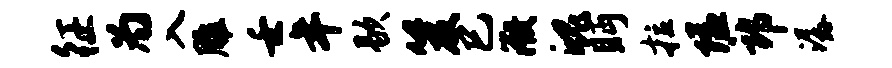
征为入雕壬年歇笈巳微魄眄拉隘郎潺